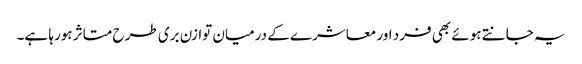
یہ جانتے ہوئے بھی فرد اور معاشرے کے درمیان توازن بری طرح متاثر ہورہا ہے۔